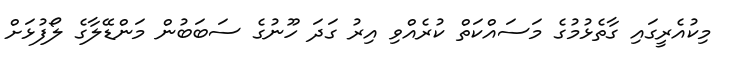
މިކުއެރީގައި ގާތެޅުމުގެ މަސައްކަތް ކުރެއްވި އިރު ގަދަ ހޫނުގެ ސަބަބުން މަންޑޭލާގެ ލޯފުޅަށް